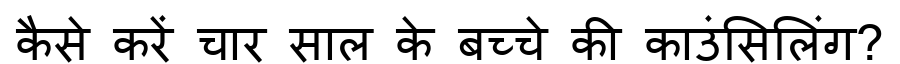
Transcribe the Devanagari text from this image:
कैसे करें चार साल के बच्चे की काउंसिलिंग?